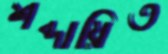
শব্দায়িত